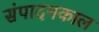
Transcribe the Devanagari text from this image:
संपादनकाल